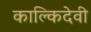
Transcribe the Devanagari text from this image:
काल्किदेवी